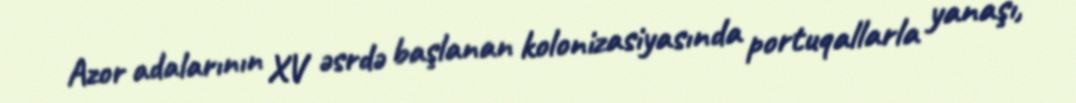
Azor adalarının XV əsrdə başlanan kolonizasiyasında portuqallarla yanaşı,